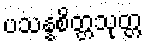
ပသန္နစိတ္တသုတ္တ